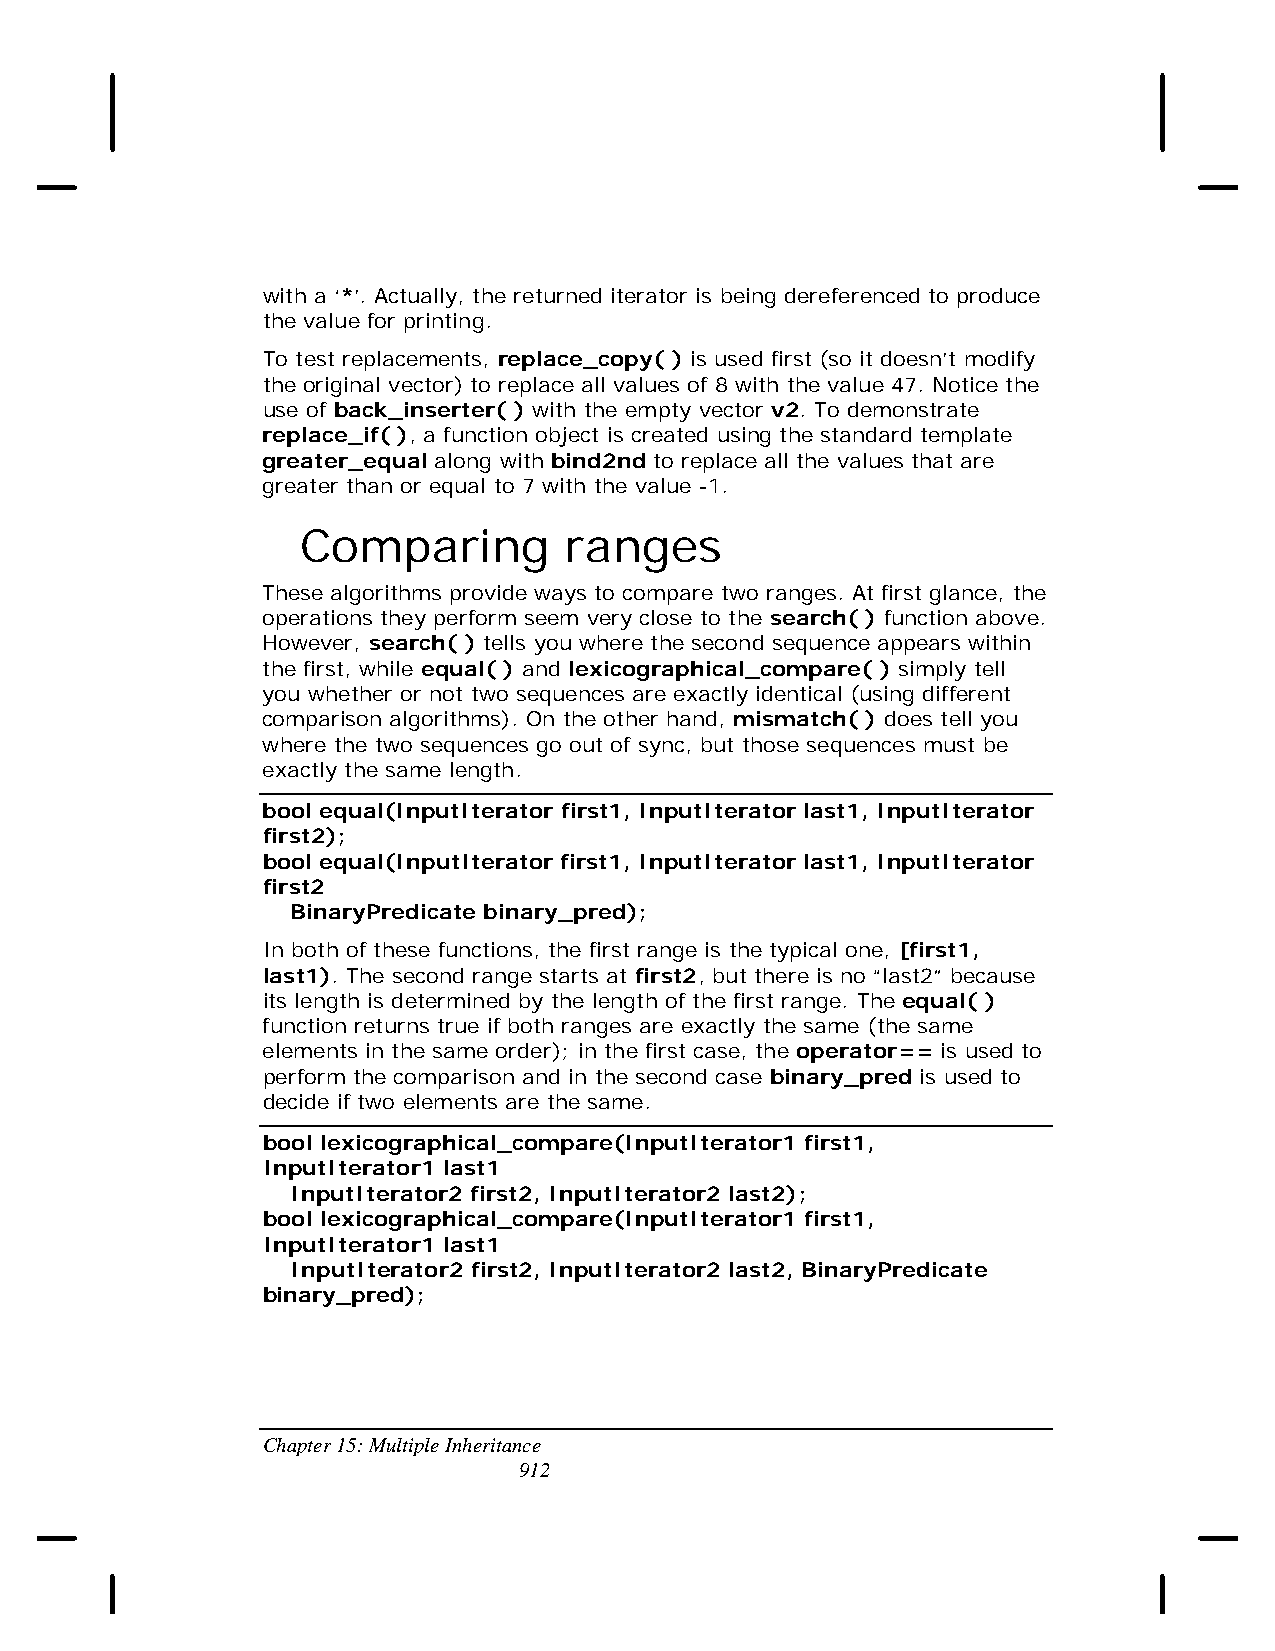
with a ‘*’. Actually, the returned iterator is being dereferenced to produce
 the value for printing.
 To test replacements, replace_copy( ) is used first (so it doesn’t modify
 the original vector) to replace all values of 8 with the value 47. Notice the
 use of back_inserter( ) with the empty vector v2. To demonstrate
 replace_if( ), a function object is created using the standard template
 greater_equal along with bind2nd to replace all the values that are
 greater than or equal to 7 with the value -1.
 Comparing        ranges
 These algorithms provide ways to compare two ranges. At first glance, the
 operations they perform seem very close to the search( ) function above.
 However, search( ) tells you where the second sequence appears within
 the first, while equal( ) and lexicographical_compare( ) simply tell
 you whether or not two sequences are exactly identical (using different
 comparison algorithms). On the other hand, mismatch( ) does tell you
 where the two sequences go out of sync, but those sequences must be
 exactly the same length.
 bool equal(InputIterator first1, InputIterator last1, InputIterator
 first2);
 bool equal(InputIterator first1, InputIterator last1, InputIterator
 first2
 BinaryPredicate binary_pred);
 In both of these functions, the first range is the typical one, [first1,
 last1). The second range starts at first2, but there is no “last2” because
 its length is determined by the length of the first range. The equal( )
 function returns true if both ranges are exactly the same (the same
 elements in the same order); in the first case, the operator== is used to
 perform the comparison and in the second case binary_pred is used to
 decide if two elements are the same.
 bool lexicographical_compare(InputIterator1 first1,
 InputIterator1 last1
 InputIterator2 first2, InputIterator2 last2);
 bool lexicographical_compare(InputIterator1 first1,
 InputIterator1 last1
 InputIterator2 first2, InputIterator2 last2, BinaryPredicate
 binary_pred);
 Chapter 15: Multiple Inheritance
 912